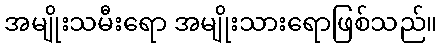
အမျိုးသမီးရော အမျိုးသားရောဖြစ်သည်။